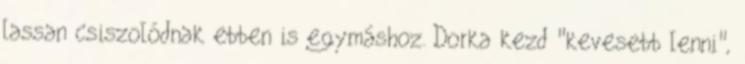
lassan csiszolódnak ebben is egymáshoz. Dorka kezd "kevesebb lenni",